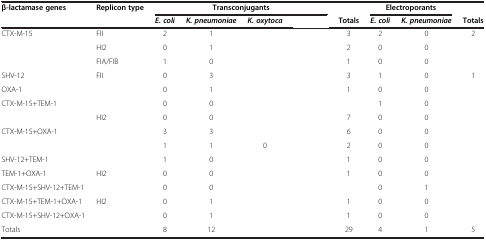
<table><thead><tr><td rowspan="2"><b>β-lactamase genes</b></td><td rowspan="2"><b>Replicon type</b></td><td colspan="4"><b>Transconjugants</b></td><td>[EMPTY_CELL]</td><td colspan="2"><b>Electroporants</b></td><td>[EMPTY_CELL]</td></tr><tr><td><b><i>E. coli</i></b></td><td><b><i>K. pneumoniae</i></b></td><td><b><i>K. oxytoca</i></b></td><td>[EMPTY_CELL]</td><td><b>Totals</b></td><td><b><i>E. coli</i></b></td><td><b><i>K. pneumoniae</i></b></td><td><b>Totals</b></td></tr></thead><tbody><tr><td>CTX-M-15</td><td>FII</td><td>2</td><td>1</td><td>[EMPTY_CELL]</td><td>[EMPTY_CELL]</td><td>3</td><td>2</td><td>0</td><td>2</td></tr><tr><td>[EMPTY_CELL]</td><td>HI2</td><td>0</td><td>1</td><td>[EMPTY_CELL]</td><td>[EMPTY_CELL]</td><td>2</td><td>0</td><td>0</td><td>[EMPTY_CELL]</td></tr><tr><td>[EMPTY_CELL]</td><td>FIA/FIB</td><td>1</td><td>0</td><td>[EMPTY_CELL]</td><td>[EMPTY_CELL]</td><td>1</td><td>0</td><td>0</td><td>[EMPTY_CELL]</td></tr><tr><td>SHV-12</td><td>FII</td><td>0</td><td>3</td><td>[EMPTY_CELL]</td><td>[EMPTY_CELL]</td><td>3</td><td>1</td><td>0</td><td>1</td></tr><tr><td>OXA-1</td><td>[EMPTY_CELL]</td><td>0</td><td>1</td><td>[EMPTY_CELL]</td><td>[EMPTY_CELL]</td><td>1</td><td>0</td><td>0</td><td>[EMPTY_CELL]</td></tr><tr><td>CTX-M-15+TEM-1</td><td>[EMPTY_CELL]</td><td>0</td><td>0</td><td>[EMPTY_CELL]</td><td>[EMPTY_CELL]</td><td>[EMPTY_CELL]</td><td>1</td><td>0</td><td>[EMPTY_CELL]</td></tr><tr><td>[EMPTY_CELL]</td><td>HI2</td><td>0</td><td>0</td><td>[EMPTY_CELL]</td><td>[EMPTY_CELL]</td><td>7</td><td>0</td><td>0</td><td>[EMPTY_CELL]</td></tr><tr><td>CTX-M-15+OXA-1</td><td>[EMPTY_CELL]</td><td>3</td><td>3</td><td>[EMPTY_CELL]</td><td>[EMPTY_CELL]</td><td>6</td><td>0</td><td>0</td><td>[EMPTY_CELL]</td></tr><tr><td>[EMPTY_CELL]</td><td>[EMPTY_CELL]</td><td>1</td><td>1</td><td>0</td><td>[EMPTY_CELL]</td><td>2</td><td>0</td><td>0</td><td>[EMPTY_CELL]</td></tr><tr><td>SHV-12+TEM-1</td><td>[EMPTY_CELL]</td><td>1</td><td>0</td><td>[EMPTY_CELL]</td><td>[EMPTY_CELL]</td><td>1</td><td>0</td><td>0</td><td>[EMPTY_CELL]</td></tr><tr><td>TEM-1+OXA-1</td><td>HI2</td><td>0</td><td>0</td><td>[EMPTY_CELL]</td><td>[EMPTY_CELL]</td><td>1</td><td>0</td><td>0</td><td>[EMPTY_CELL]</td></tr><tr><td>CTX-M-15+SHV-12+TEM-1</td><td>[EMPTY_CELL]</td><td>0</td><td>0</td><td>[EMPTY_CELL]</td><td>[EMPTY_CELL]</td><td>[EMPTY_CELL]</td><td>0</td><td>1</td><td>[EMPTY_CELL]</td></tr><tr><td>CTX-M-15+TEM-1+OXA-1</td><td>HI2</td><td>0</td><td>1</td><td>[EMPTY_CELL]</td><td>[EMPTY_CELL]</td><td>1</td><td>0</td><td>0</td><td>[EMPTY_CELL]</td></tr><tr><td>CTX-M-15+SHV-12+OXA-1</td><td>[EMPTY_CELL]</td><td>0</td><td>1</td><td>[EMPTY_CELL]</td><td>[EMPTY_CELL]</td><td>1</td><td>0</td><td>0</td><td>[EMPTY_CELL]</td></tr><tr><td>Totals</td><td>[EMPTY_CELL]</td><td>8</td><td>12</td><td>[EMPTY_CELL]</td><td>[EMPTY_CELL]</td><td>29</td><td>4</td><td>1</td><td>5</td></tr></tbody></table>